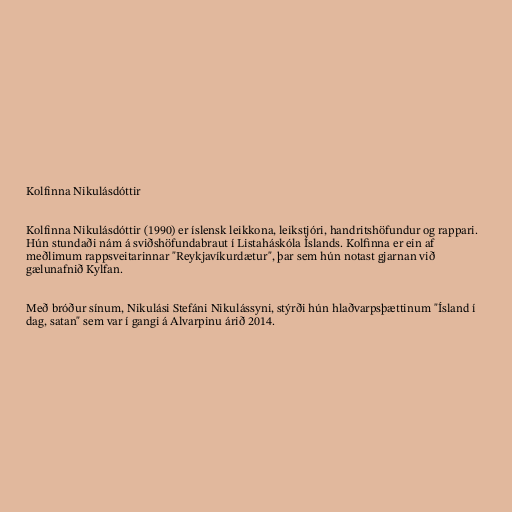
Kolfinna Nikulásdóttir

Kolfinna Nikulásdóttir (1990) er íslensk leikkona, leikstjóri, handritshöfundur og rappari.
Hún stundaði nám á sviðshöfundabraut í Listaháskóla Íslands. Kolfinna er ein af
meðlimum rappsveitarinnar "Reykjavíkurdætur", þar sem hún notast gjarnan við
gælunafnið Kylfan.

Með bróður sínum, Nikulási Stefáni Nikulássyni, stýrði hún hlaðvarpsþættinum "Ísland í
dag, satan" sem var í gangi á Alvarpinu árið 2014.